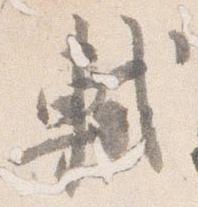
軾